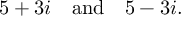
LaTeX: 5 + 3 i \quad { \mathrm { a n d } } \quad 5 - 3 i .